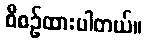
စီစဉ်ထားပါတယ်။